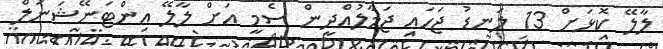
ލާލޭ ކޮޅަށް 13 ލަނޑު ޖަހައި ޖަމާލުއްދީން ސެމީ އަށް ލާލޭ އިންޓަނޭޝަނަލް